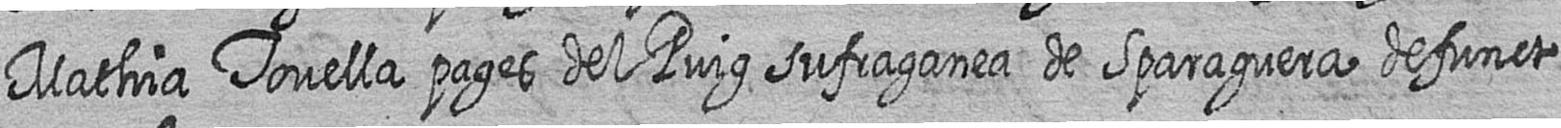
Mathia Tovella pages del Puig sufraganea de Sparaguera defunct